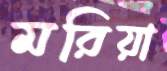
মরিয়া